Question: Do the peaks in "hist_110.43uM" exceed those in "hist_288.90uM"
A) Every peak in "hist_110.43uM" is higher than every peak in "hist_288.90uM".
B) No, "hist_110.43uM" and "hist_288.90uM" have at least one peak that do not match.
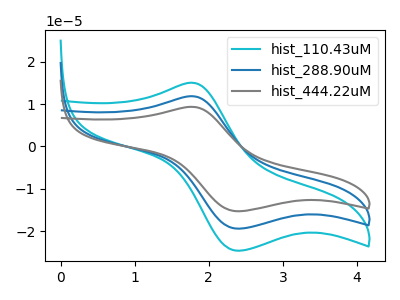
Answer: <think>The cyan curve "hist_110.43uM" has an anodic peak at (1.75V, 15.00uA) and a cathodic peak at (2.40V, -24.60uA). The blue curve "hist_288.90uM" has an anodic peak at (1.75V, 11.85uA) and a cathodic peak at (2.40V, -19.40uA). The gray curve "hist_444.22uM" has an anodic peak at (1.75V, 23.70uA) and a cathodic peak at (2.40V, -38.80uA).</think>
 <answer>A) Every peak in "hist_110.43uM" is higher than every peak in "hist_288.90uM".</answer>
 <eval>A</eval>